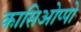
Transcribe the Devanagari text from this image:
कासिओप्पो